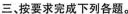
三、按要求完成下列各题.